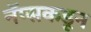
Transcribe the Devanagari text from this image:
नॅप्सकडून